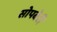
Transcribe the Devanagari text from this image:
सोपबेरी